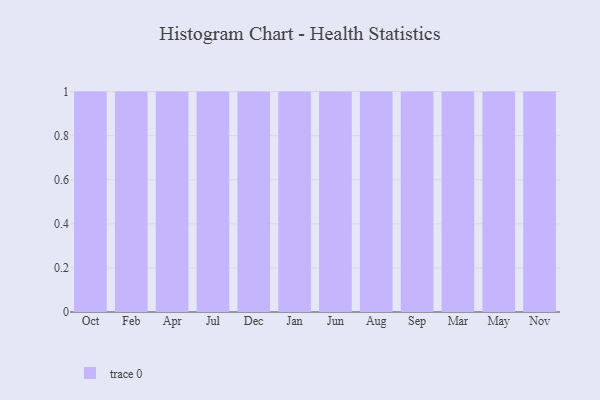
{"axis": {"x": "Month", "y": "Headcount"}, "legend": [""], "data": [{"x": "Oct", "y": 51, "type": ""}, {"x": "Feb", "y": 32, "type": ""}, {"x": "Apr", "y": 50, "type": ""}, {"x": "Jul", "y": 84, "type": ""}, {"x": "Dec", "y": 58, "type": ""}, {"x": "Jan", "y": 91, "type": ""}, {"x": "Jun", "y": 22, "type": ""}, {"x": "Aug", "y": 53, "type": ""}, {"x": "Sep", "y": 80, "type": ""}, {"x": "Mar", "y": 53, "type": ""}, {"x": "May", "y": 99, "type": ""}, {"x": "Nov", "y": 86, "type": ""}]}